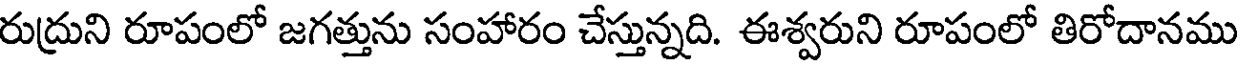
రుద్రుని రూపంలో జగత్తును సంహారం చేస్తున్నది. ఈశ్వరుని రూపంలో తిరోదానము